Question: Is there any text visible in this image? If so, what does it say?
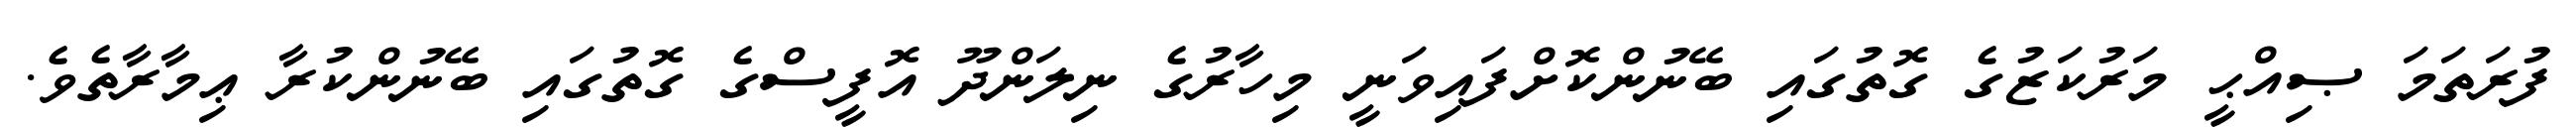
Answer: ފުރަތަމަ ޞިއްޙީ މަރުކަޒުގެ ގޮތުގައި ބޭނުންކޮށްފައިވަނީ މިހާރުގެ ނިލަންދޫ އޮފީސްގެ ގޮތުގައި ބޭނުންކުރާ ޢިމާރާތެވެ.